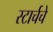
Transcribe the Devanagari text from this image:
स्टार्चचे